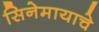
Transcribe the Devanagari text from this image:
सिनेमायाचे